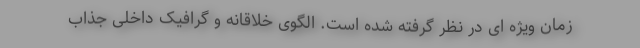
زمان ویژه ای در نظر گرفته شده است. الگوی خلاقانه و گرافیک داخلی جذاب